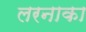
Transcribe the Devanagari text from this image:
लरनाका